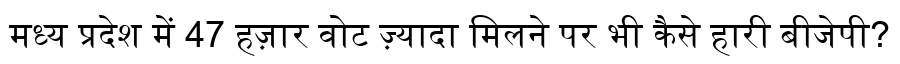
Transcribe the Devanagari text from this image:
मध्य प्रदेश में 47 हज़ार वोट ज़्यादा मिलने पर भी कैसे हारी बीजेपी?